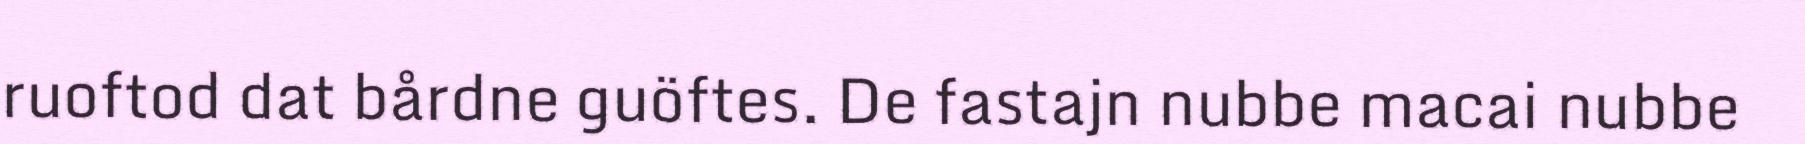
ruoftod dat bårdne guöftes. De fastajn nubbe macai nubbe